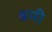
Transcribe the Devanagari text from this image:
श्रमी